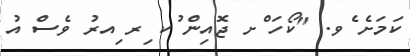
ކަމަށެ ެވ. "ކޯހަ ްށ ޖޮއިން ުކ ިރ ިއރު ވެސް އު